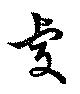
虔